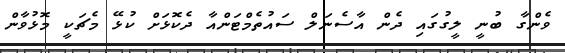
ވެންގާ ބުނީ ލީގުގައި ދެން އާސެނަލް ސައުތެމްޓަންއާ ދެކޮޅަށް ކުޅޭ މެޗަކީ މޮޅުވާން